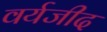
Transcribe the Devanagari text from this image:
वर्यजीद